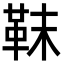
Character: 靺